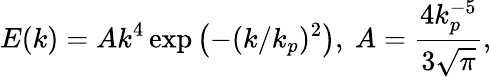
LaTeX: E(k)=Ak^{4}\exp\left(-(k/k_{p})^{2}\right),~A=\frac{4k_{p}^{-5}}{3\sqrt{\pi}},